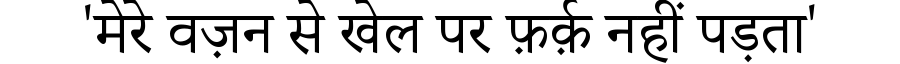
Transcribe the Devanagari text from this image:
'मेरे वज़न से खेल पर फ़र्क़ नहीं पड़ता'